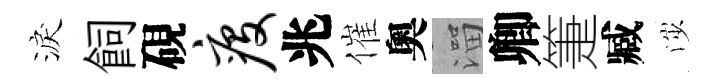
淚飼硯疫兆催奧溜卿箑臧渉